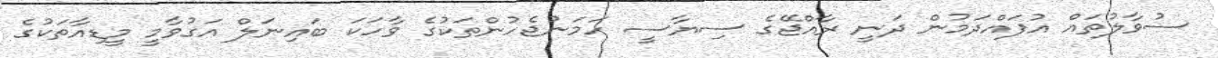
ސުވާލުތައް އުފައްދަމުން ދަނީ ރާއްޖޭގެ ސިޔާސީ ހަމަނުޖެހުންތަކުގެ ވާހަކަ ބައިނަލް އަގުވާމީ މީޑިއާތަކުގެ